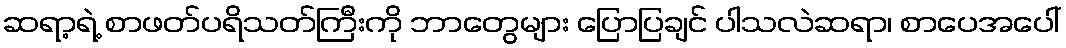
ဆရာ့ရဲ့ စာဖတ်ပရိသတ်ကြီးကို ဘာတွေများ ပြောပြချင် ပါသလဲဆရာ၊ စာပေအပေါ်